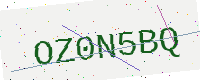
Text: OZ0N5BQ